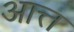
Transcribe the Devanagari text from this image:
आत्त